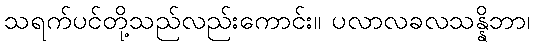
သရက်ပင်တို့သည်လည်းကောင်း။ ပလာလခလသန္နိဘာ၊